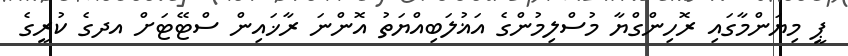
ޕީ މިޔަންމާގައި ރޮހިންގްޔާ މުސްލިމުންގެ އަޣުލަބިއްޔަތު އޮންނަ ރާޚައިން ސްޓޭޓަށް އދގެ ކުރީގެ